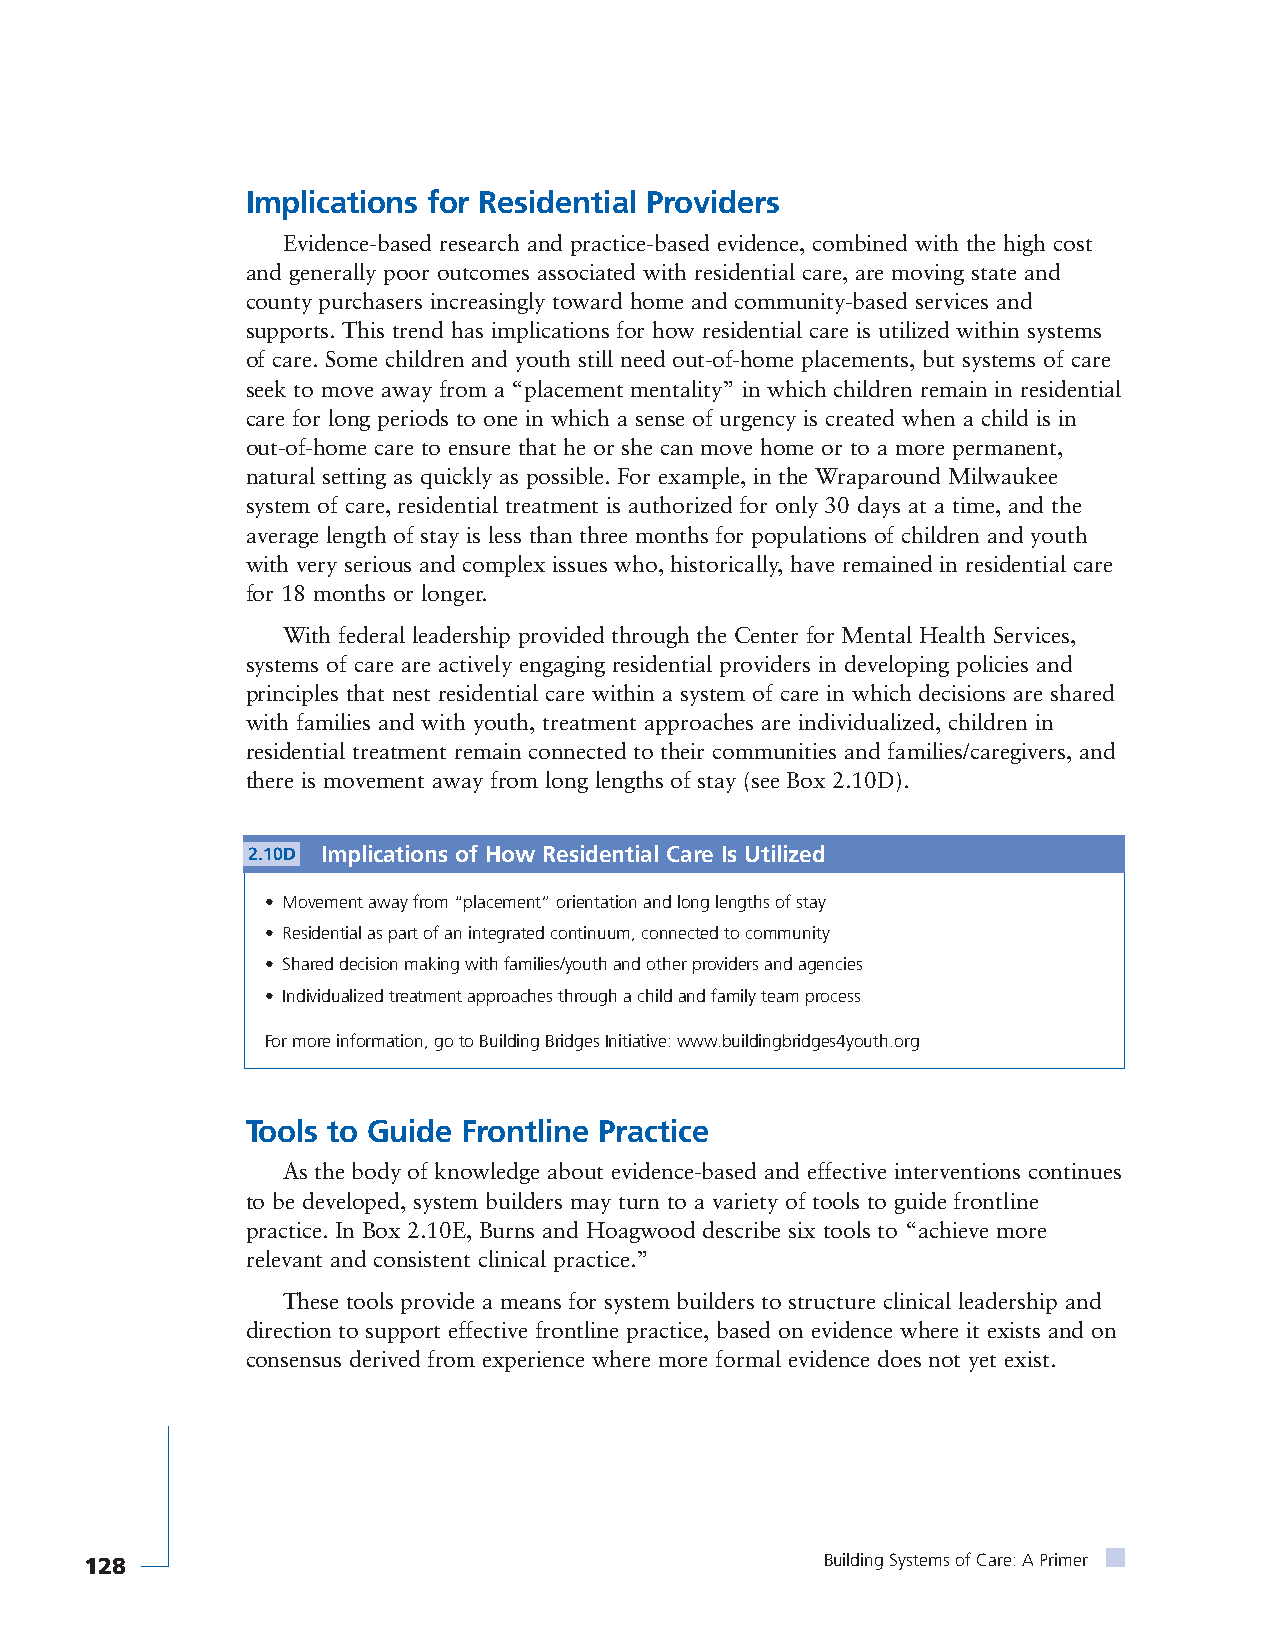
Implications for Residential Providers
 Evidence-based research and practice-based evidence, combined with the high cost
 and generally poor outcomes associated with residential care, are moving state and
 county purchasers increasingly toward home and community-based services and
 supports. This trend has implications for how residential care is utilized within systems
 of care. Some children and youth still need out-of-home placements, but systems of care
 seek to move away from a “placement mentality” in which children remain in residential
 care for long periods to one in which a sense of urgency is created when a child is in
 out-of-home care to ensure that he or she can move home or to a more permanent,
 natural setting as quickly as possible. For example, in the Wraparound Milwaukee
 system of care, residential treatment is authorized for only 30 days at a time, and the
 average length of stay is less than three months for populations of children and youth
 with very serious and complex issues who, historically, have remained in residential care
 for 18 months or longer.
 With federal leadership provided through the Center for Mental Health Services,
 systems of care are actively engaging residential providers in developing policies and
 principles that nest residential care within a system of care in which decisions are shared
 with families and with youth, treatment approaches are individualized, children in
 residential treatment remain connected to their communities and families/caregivers, and
 there is movement away from long lengths of stay (see Box 2.10D).
 2.10D Implications of How Residential Care Is Utilized
 • Movement away from “placement” orientation and long lengths of stay
 • Residential as part of an integrated continuum, connected to community
 • Shared decision making with families/youth and other providers and agencies
 • Individualized treatment approaches through a child and family team process
 For more information, go to Building Bridges Initiative: www.buildingbridges4youth.org
 Tools to Guide Frontline Practice
 As the body of knowledge about evidence-based and effective interventions continues
 to be developed, system builders may turn to a variety of tools to guide frontline
 practice. In Box 2.10E, Burns and Hoagwood describe six tools to “achieve more
 relevant and consistent clinical practice.”
 These tools provide a means for system builders to structure clinical leadership and
 direction to support effective frontline practice, based on evidence where it exists and on
 consensus derived from experience where more formal evidence does not yet exist.
 128                                              Building Systems of Care: A Primer